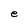
Character: e